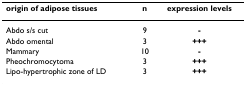
| origin of adipose tissues | n | expression levels |
 | --- | --- | --- |
 | Abdo s/s cut | 9 | - |
 | Abdo omental | 3 | +++ |
 | Mammary | 10 | - |
 | Pheochromocytoma | 3 | +++ |
 | Lipo-hypertrophic zone of LD | 3 | +++ |